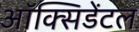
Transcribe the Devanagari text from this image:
ऑक्‍सिडेंटल